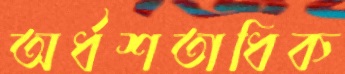
অর্ধশতাধিক